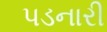
પડનારી